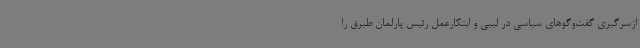
ازسرگیری گفت‌وگوهای سیاسی در لیبی و ابتکارعمل رئیس پارلمان طبرق را